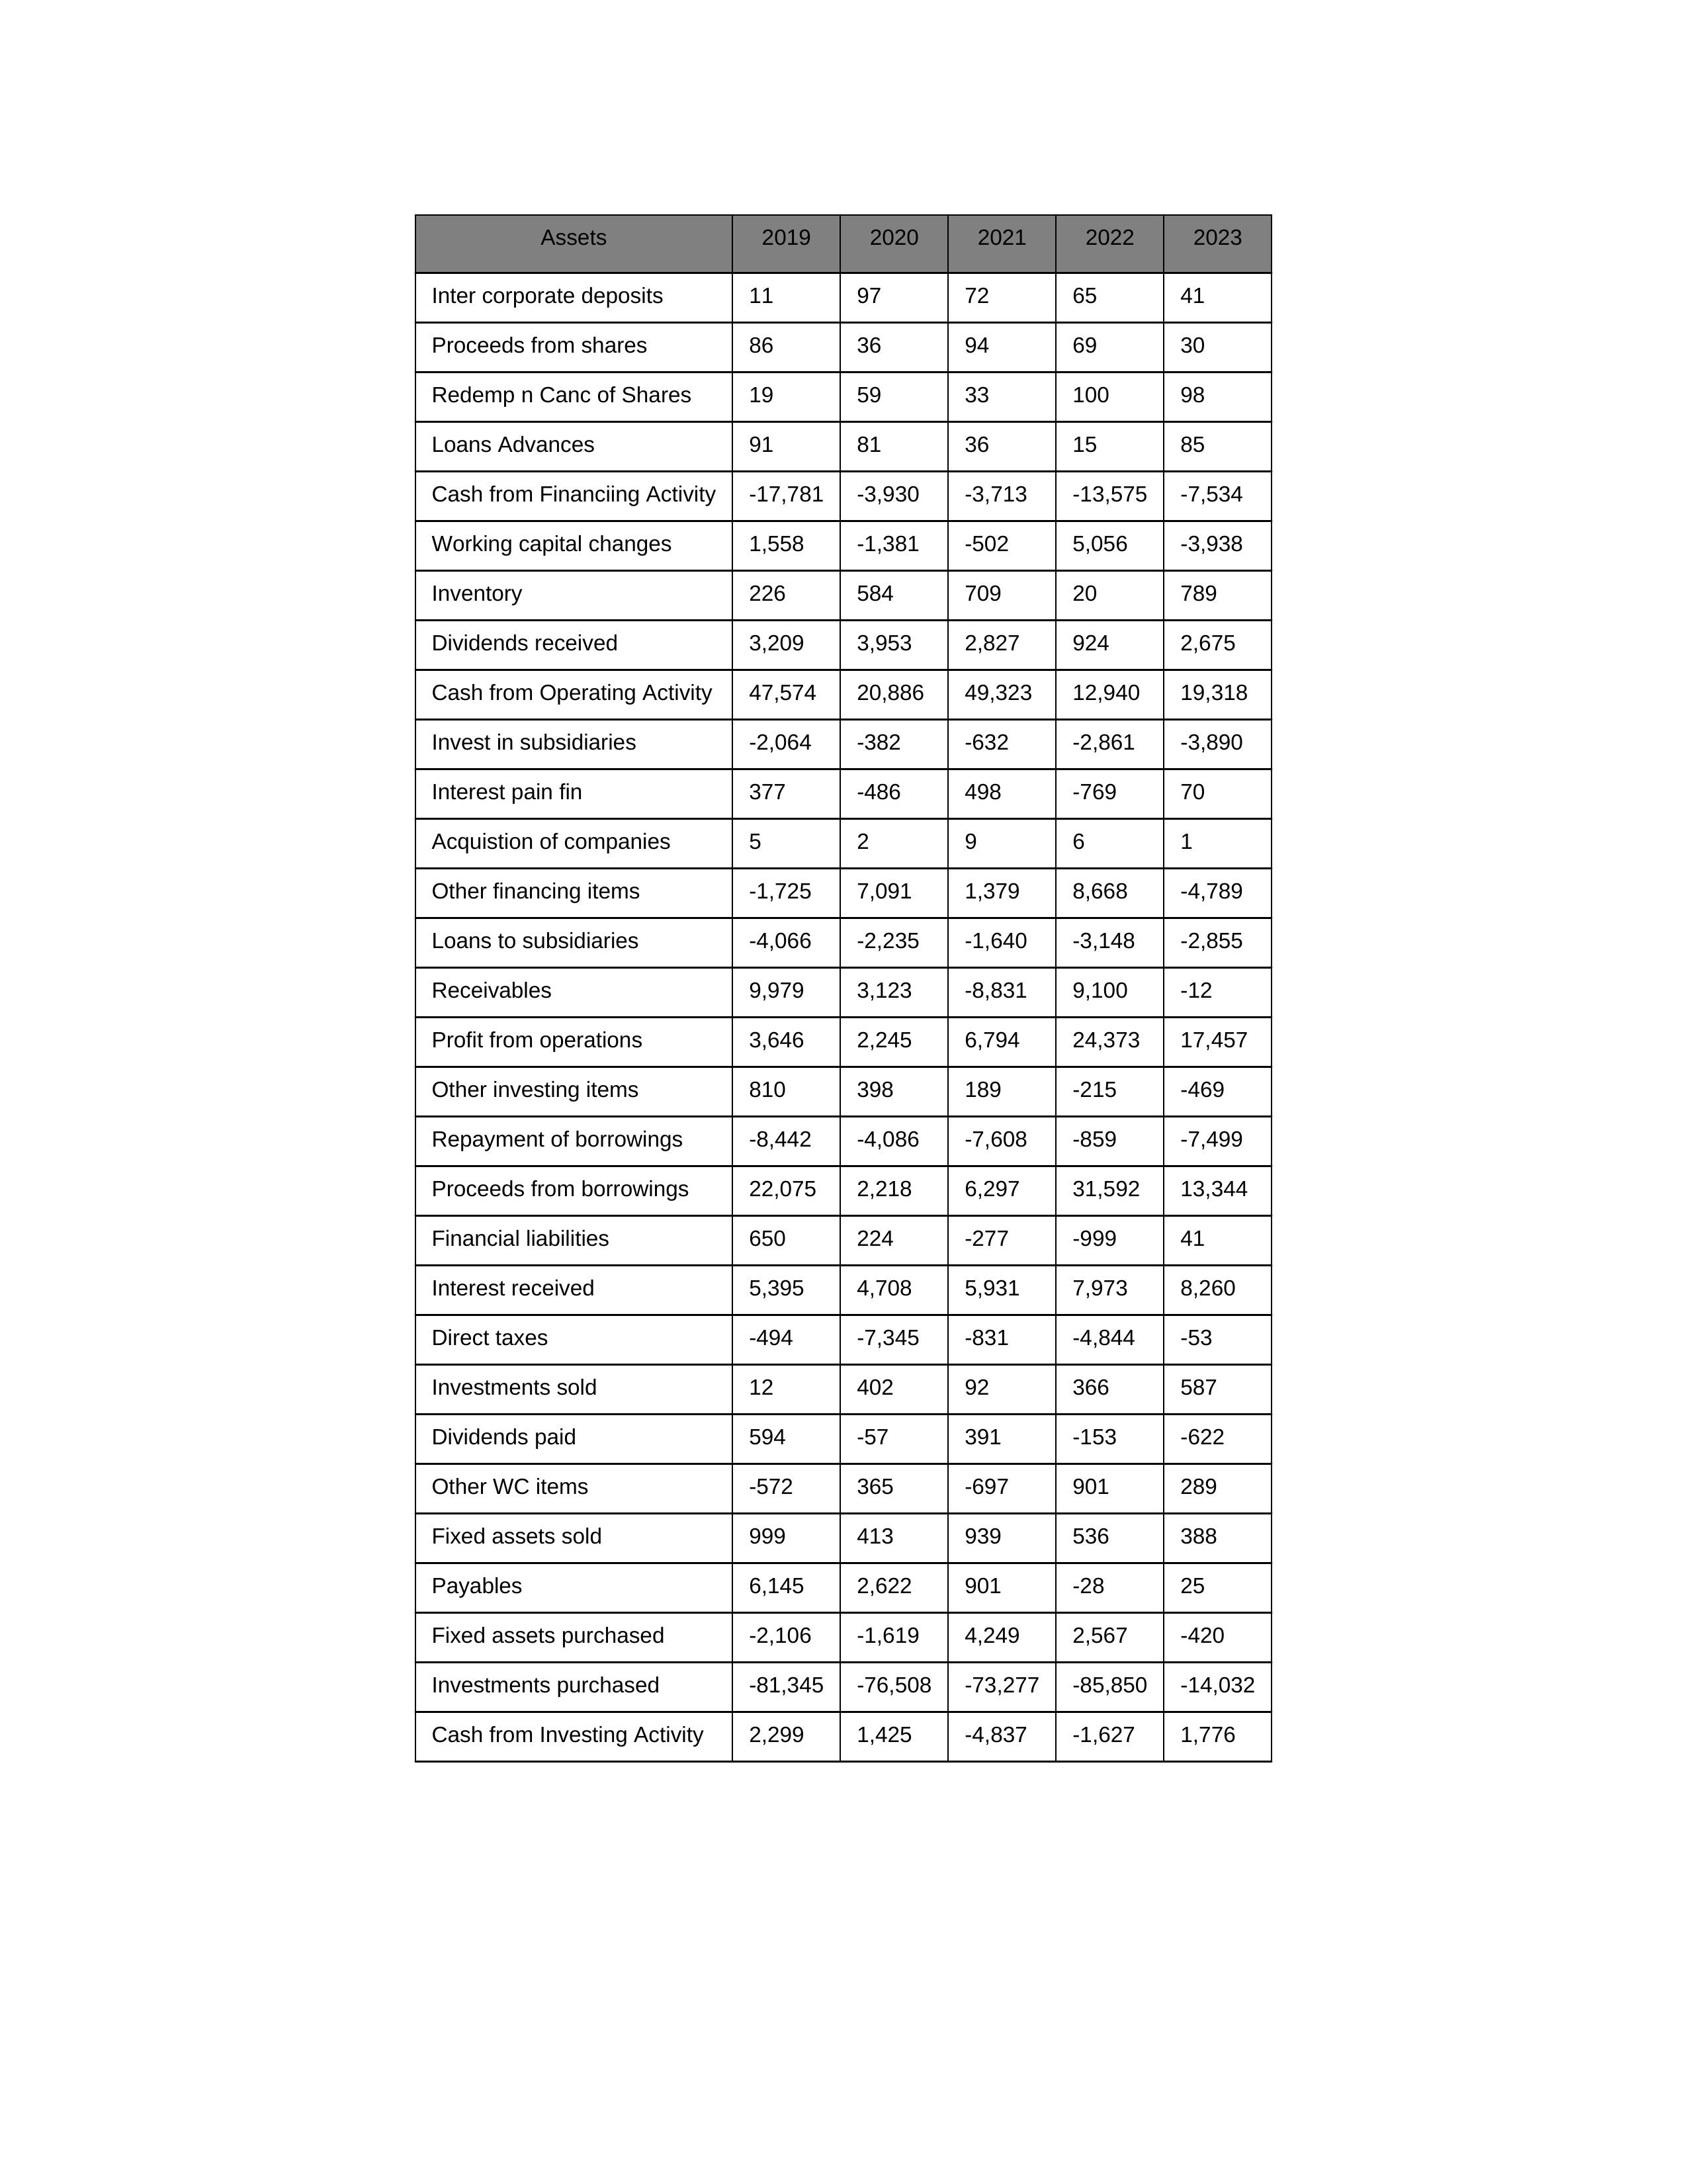
gt_parse: 2019: Cash from Operating Activity: 47,574
Profit from operations: 3,646
Receivables: 9,979
Inventory: 226
Payables: 6,145
Loans Advances: 91
Other WC items: -572
Working capital changes: 1,558
Direct taxes: -494
Cash from Investing Activity: 2,299
Fixed assets purchased: -2,106
Fixed assets sold: 999
Investments purchased: -81,345
Investments sold: 12
Interest received: 5,395
Dividends received: 3,209
Invest in subsidiaries: -2,064
Loans to subsidiaries: -4,066
Redemp n Canc of Shares: 19
Acquistion of companies: 5
Inter corporate deposits: 11
Other investing items: 810
Cash from Financiing Activity: -17,781
Proceeds from shares: 86
Proceeds from borrowings: 22,075
Repayment of borrowings: -8,442
Interest pain fin: 377
Dividends paid: 594
Financial liabilities: 650
Other financing items: -1,725
2020: Cash from Operating Activity: 20,886
Profit from operations: 2,245
Receivables: 3,123
Inventory: 584
Payables: 2,622
Loans Advances: 81
Other WC items: 365
Working capital changes: -1,381
Direct taxes: -7,345
Cash from Investing Activity: 1,425
Fixed assets purchased: -1,619
Fixed assets sold: 413
Investments purchased: -76,508
Investments sold: 402
Interest received: 4,708
Dividends received: 3,953
Invest in subsidiaries: -382
Loans to subsidiaries: -2,235
Redemp n Canc of Shares: 59
Acquistion of companies: 2
Inter corporate deposits: 97
Other investing items: 398
Cash from Financiing Activity: -3,930
Proceeds from shares: 36
Proceeds from borrowings: 2,218
Repayment of borrowings: -4,086
Interest pain fin: -486
Dividends paid: -57
Financial liabilities: 224
Other financing items: 7,091
2021: Cash from Operating Activity: 49,323
Profit from operations: 6,794
Receivables: -8,831
Inventory: 709
Payables: 901
Loans Advances: 36
Other WC items: -697
Working capital changes: -502
Direct taxes: -831
Cash from Investing Activity: -4,837
Fixed assets purchased: 4,249
Fixed assets sold: 939
Investments purchased: -73,277
Investments sold: 92
Interest received: 5,931
Dividends received: 2,827
Invest in subsidiaries: -632
Loans to subsidiaries: -1,640
Redemp n Canc of Shares: 33
Acquistion of companies: 9
Inter corporate deposits: 72
Other investing items: 189
Cash from Financiing Activity: -3,713
Proceeds from shares: 94
Proceeds from borrowings: 6,297
Repayment of borrowings: -7,608
Interest pain fin: 498
Dividends paid: 391
Financial liabilities: -277
Other financing items: 1,379
2022: Cash from Operating Activity: 12,940
Profit from operations: 24,373
Receivables: 9,100
Inventory: 20
Payables: -28
Loans Advances: 15
Other WC items: 901
Working capital changes: 5,056
Direct taxes: -4,844
Cash from Investing Activity: -1,627
Fixed assets purchased: 2,567
Fixed assets sold: 536
Investments purchased: -85,850
Investments sold: 366
Interest received: 7,973
Dividends received: 924
Invest in subsidiaries: -2,861
Loans to subsidiaries: -3,148
Redemp n Canc of Shares: 100
Acquistion of companies: 6
Inter corporate deposits: 65
Other investing items: -215
Cash from Financiing Activity: -13,575
Proceeds from shares: 69
Proceeds from borrowings: 31,592
Repayment of borrowings: -859
Interest pain fin: -769
Dividends paid: -153
Financial liabilities: -999
Other financing items: 8,668
2023: Cash from Operating Activity: 19,318
Profit from operations: 17,457
Receivables: -12
Inventory: 789
Payables: 25
Loans Advances: 85
Other WC items: 289
Working capital changes: -3,938
Direct taxes: -53
Cash from Investing Activity: 1,776
Fixed assets purchased: -420
Fixed assets sold: 388
Investments purchased: -14,032
Investments sold: 587
Interest received: 8,260
Dividends received: 2,675
Invest in subsidiaries: -3,890
Loans to subsidiaries: -2,855
Redemp n Canc of Shares: 98
Acquistion of companies: 1
Inter corporate deposits: 41
Other investing items: -469
Cash from Financiing Activity: -7,534
Proceeds from shares: 30
Proceeds from borrowings: 13,344
Repayment of borrowings: -7,499
Interest pain fin: 70
Dividends paid: -622
Financial liabilities: 41
Other financing items: -4,789